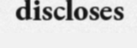
discloses